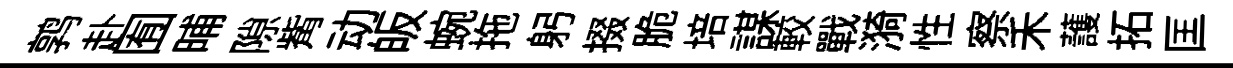
鹑赴囿晡隙觜动皈蜿拖躬掇脆培謀較戰漪性察禾䕶拓匡